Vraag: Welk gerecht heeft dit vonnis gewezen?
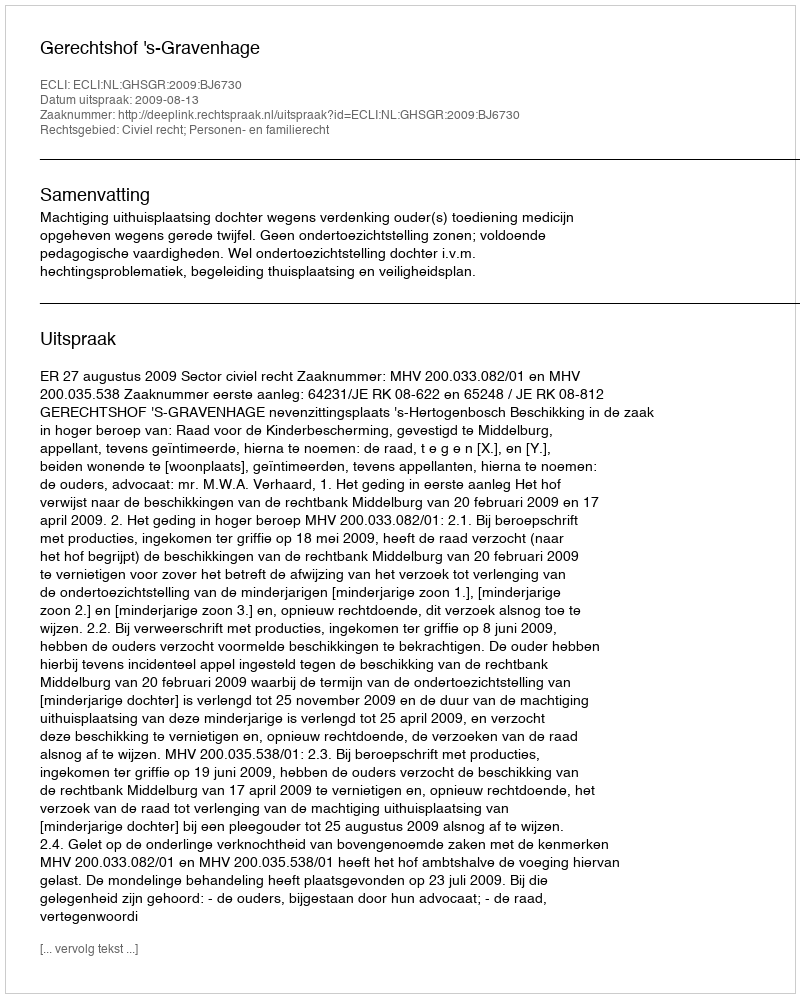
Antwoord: Gerechtshof 's-Gravenhage